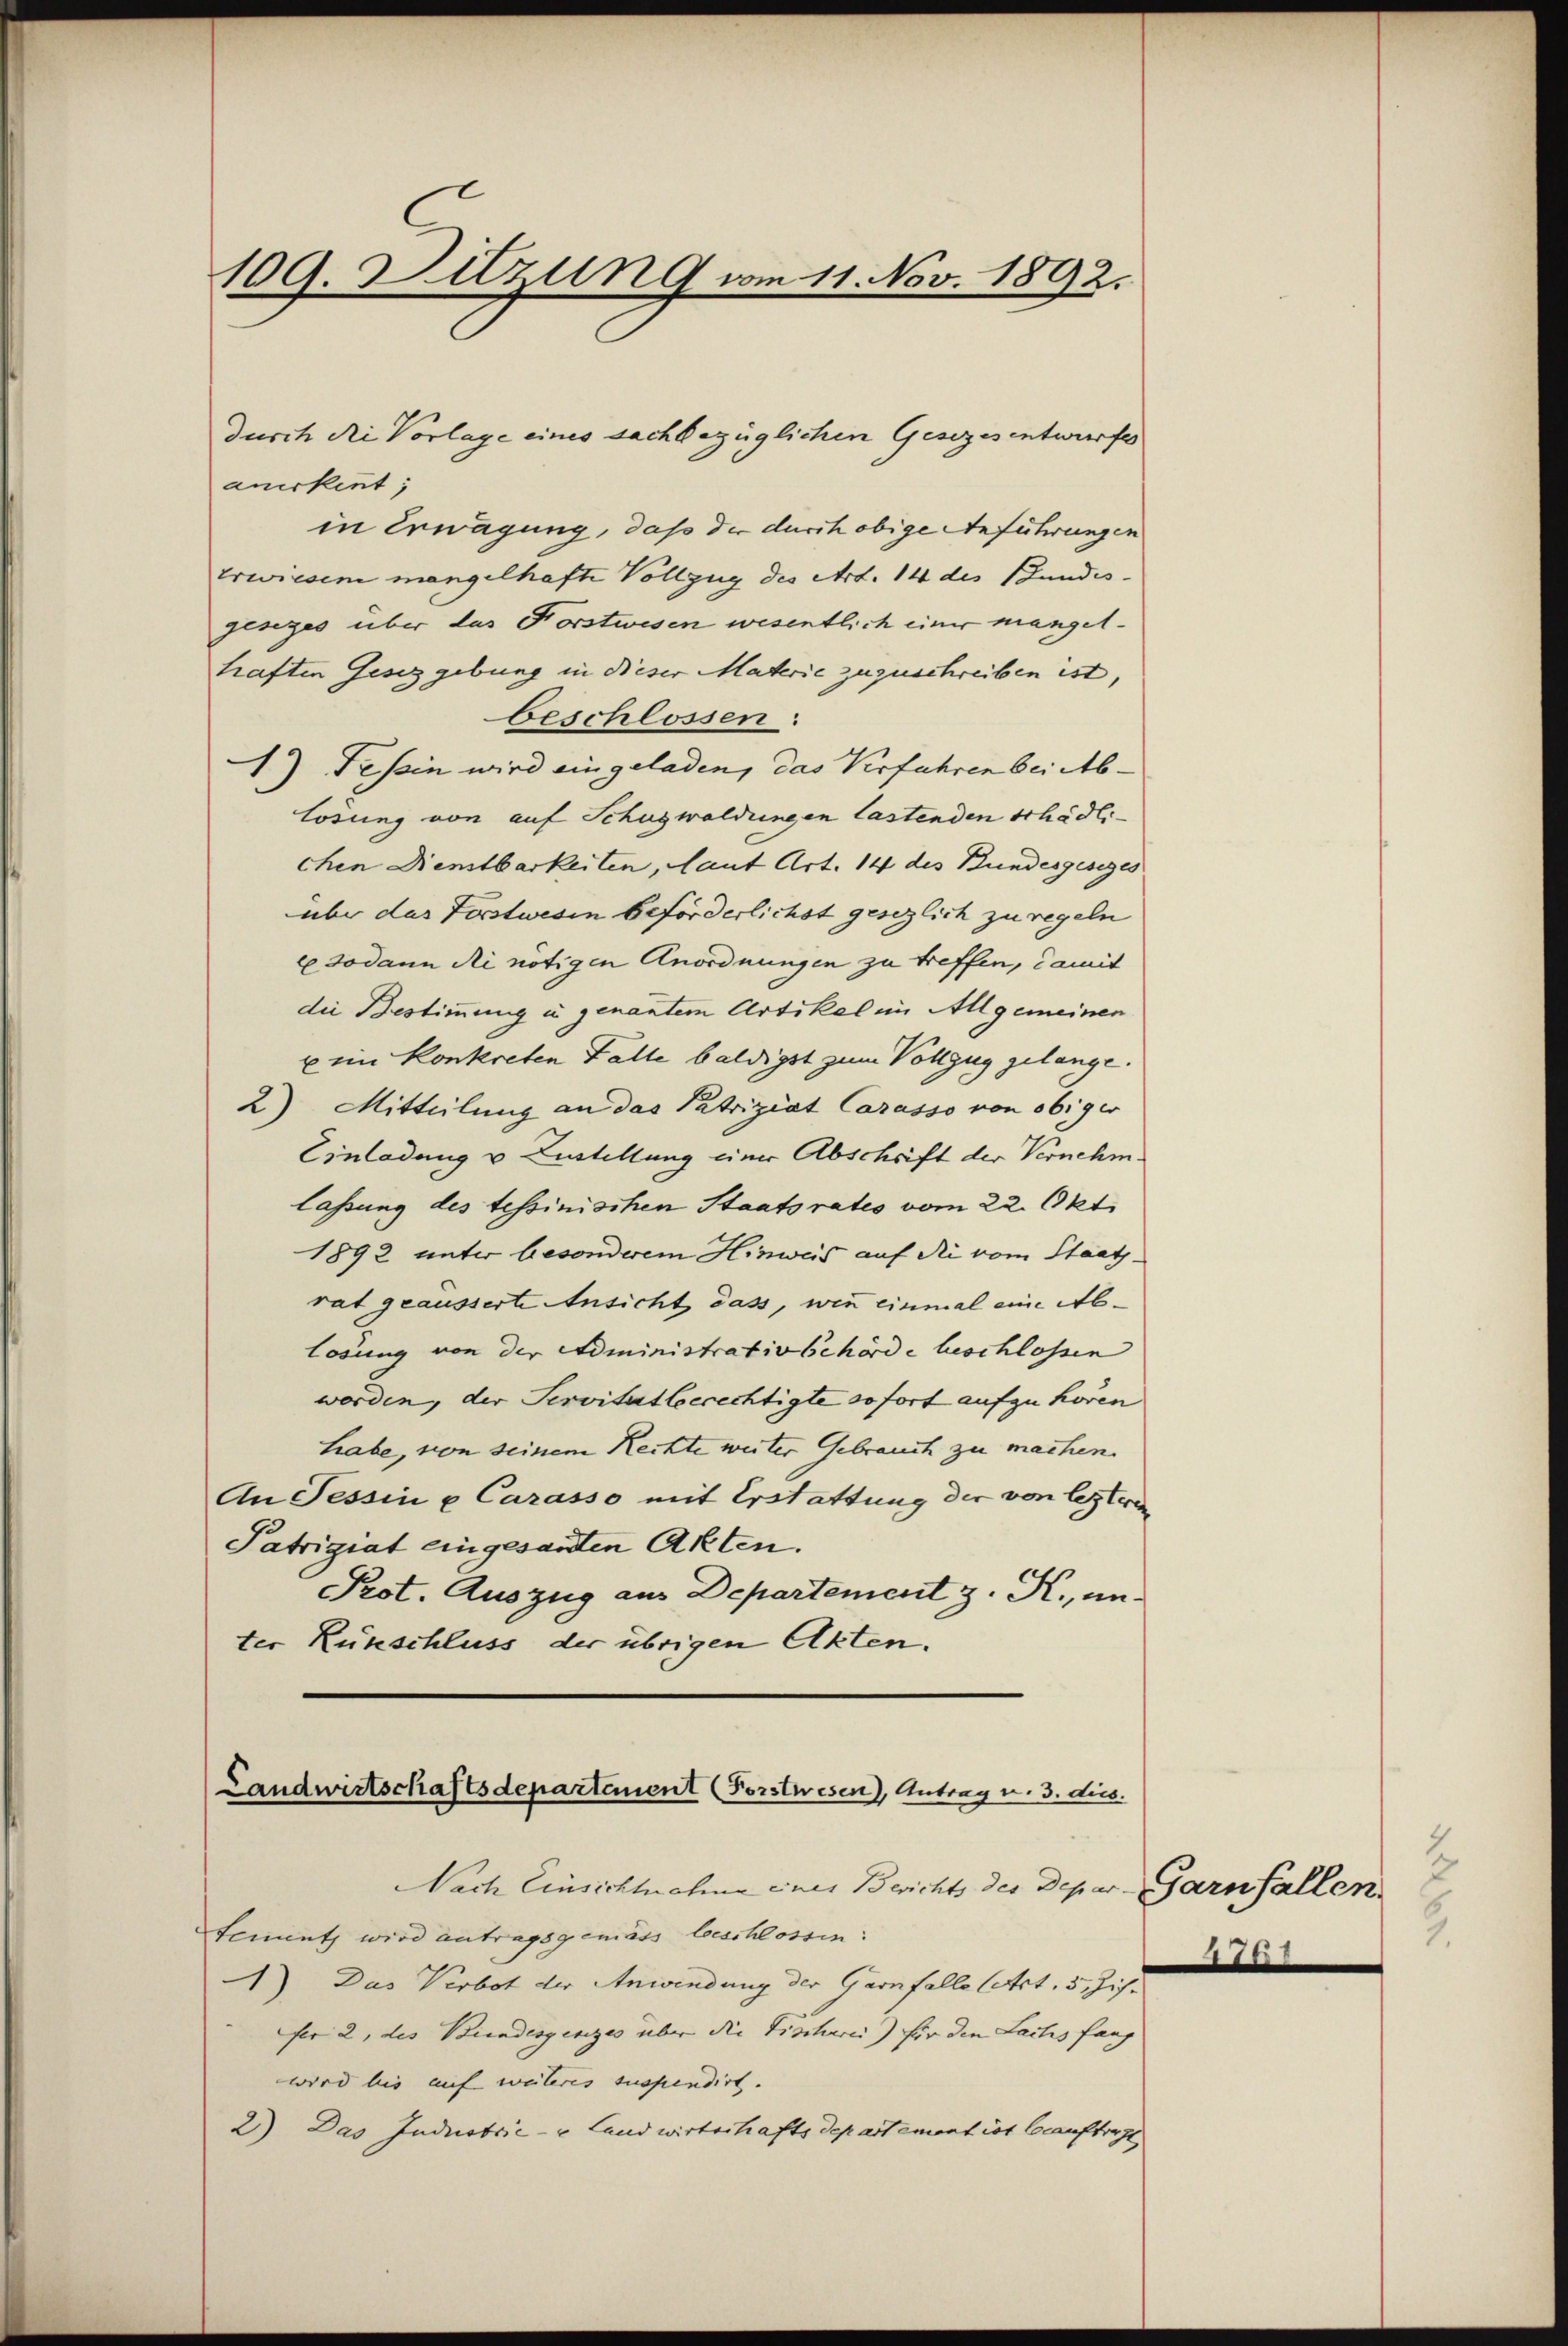
109. Sitzung vom 11. Nov. 1892.

anikent;
in Erwägung, daß die durch obige Anführungen
Erwiesen mangelhafte Vollzug des Art. 14 des Stundes-
jesezes über das Forstwesen wesentlich einer mangel-
haften Gesetzgebung in dieser Materie zuzuschreiben ist,
beschlossen:
1) Tessin wird eingeladen, das Verfahren bei Ablodung von auf Schugwaldungen lastenden schädlichen Dienstbarkeiten, Laut Art. 14 des Bundesgesezes
über das Forstwesen beförderlichst gesezlich zu regeln
Esodann di nötigen Anordnungen zu treffen, damit
die Bestimmung u. genantem Artikel im Allgemeinen
u ein konkreten Falle baldigst zum Vollzug gelange.
2) Mitteilung an das Patriziat Carasso von obiger
Einladung v. Lustellung einer Abschrift der Vernehmlassung des tessinischen Staatsrates vom 22. Okt.
1892 unter besonderem Hinweis auf die vom Staats-
rat geäusserte Ansicht dass, wenn einmal eine Ab-
losung von der Administrativbehörde beschlossen
worden, der Servitut beerechtigte sofort aufzuhören
habe, von seinem Rechte weiter Gebrauch zu machen.
An Tessin u Carasso mit Erstattung der von letzteren
Patrigiat eingesandten Akten.
Prot. Auszug aus Departement z. R., un
ter Künschluss der übrigen Akten.

durch Ni Vorlage eines sachbezüglichen Gesezesentwurfes

Landwirtschaftsdepartement (Forstwesen), Antrag u. 3. dies.

Nach Einsichtnahme ener Berichts des Depar-Garnfallen.
tement wird antragsgemäss beschlossen:
1) Das Verbot der Anwendung der Garnfalle Art. 5, Zichfer 2, des Bundesgesezes über die Tischerei) für den Lachs fang
wird bis auf weiteres suspendirt. |
2.) Das Industrie- u Landwirtschafts Departement ist beauftragt

.
1.